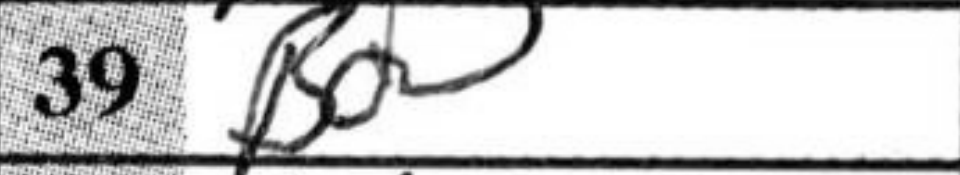
Transcription: Bd3